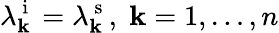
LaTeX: \lambda_{\mathbf{k}}^{\mathrm{{~i~}}}=\lambda_{\mathbf{k}}^{\mathrm{{~s~}}},\; \mathbf{k}=1,\ldots,n